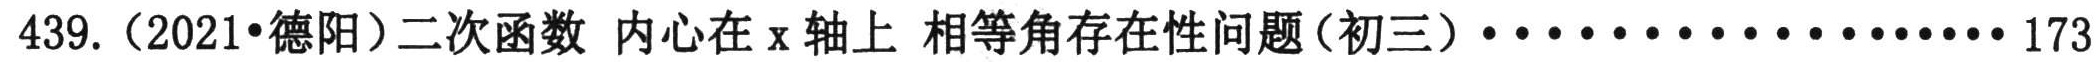
439.（2021•德阳）二次函数 内心在\(x\)轴上 相等角存在性问题（初三）···················173